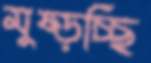
মুষ্‌ড়চ্ছি